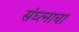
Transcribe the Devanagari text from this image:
संघ्त्नाचा